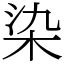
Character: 染